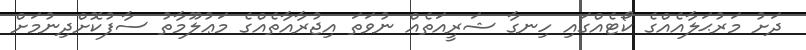
ދަށު މަރުޙަލާއެއްގެ ކޯޓެއްގައި ހިނގާ ޝަރީއަތެއް ނުވަތަ އިޖުރާއާތެއްގެ މަޢުލޫމާތު ސާފުކޮށްދިނުމަށް